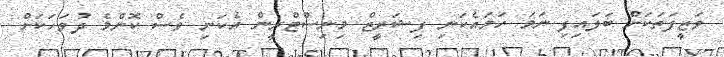
ވަޒީފަތަކަށް ބަލައިފި ނަމަ ހަމައެކަނި ފިޝަރީޒް މިނިސްޓްރީން އެކަނި ވެސް ކޮންމެ ދުވަހަކަށް